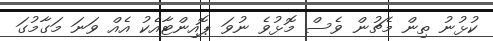
ކުޅުނު ތިން މެޗުން ވެސް މޮޅުވެ ނުވަ ޕޮއިންޓާއެކު އެއް ވަނަ މަގާމުގަ